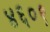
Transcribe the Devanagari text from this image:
४६०९